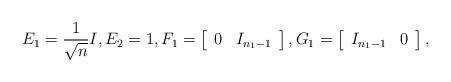
LaTeX: \begin{align*} E_1 = \frac{1}{\sqrt n} I, E_2 = 1, F_1 = \left[\begin{array}{cc} 0 & I_{n_1-1}\end{array}\right], G_1 = \left[\begin{array}{cc} I_{n_1-1} & 0 \end{array}\right],\end{align*}